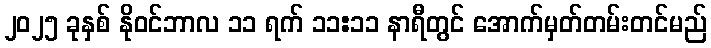
၂၀၂၅ ခုနှစ် နိုဝင်ဘာလ ၁၁ ရက် ၁၁:၁၁ နာရီတွင် အောက်မှတ်တမ်းတင်မည်